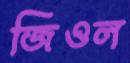
জিওল